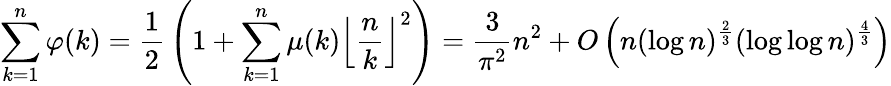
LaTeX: \sum_{k=1}^{n}\varphi(k)={\frac{1}{2}}\left(1+\sum_{k=1}^{n}\mu(k)\left\lfloor{\frac{n}{k}}\right\rfloor^{2}\right)={\frac{3}{\pi^{2}}}n^{2}+O\left(n(\log n)^{\frac{2}{3}}(\log\log n)^{\frac{4}{3}}\right)